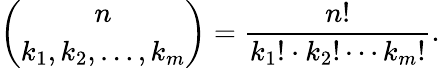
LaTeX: {\binom{n}{k_{1},k_{2},\ldots,k_{m}}}={\frac{n!}{k_{1}!\cdot k_{2}!\cdots k_{m}!}}.